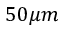
5 0 \mu m